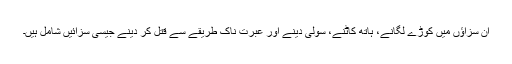
ان سزاؤں میں کوڑے لگانے، ہاتھ کاٹنے، سولی دینے اور عبرت ناک طریقے سے قتل کر دینے جیسی سزائیں شامل ہیں۔